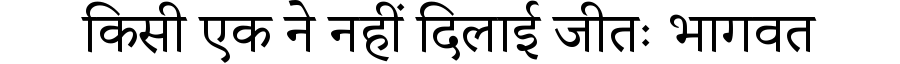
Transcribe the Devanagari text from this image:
किसी एक ने नहीं दिलाई जीतः भागवत